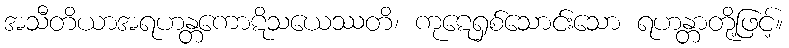
အသီတိယာအရဟန္တကောဋိသယေဿတိ၊ ကုဋေရှစ်သောင်းသော ရဟန္တာတို့ဖြင့်။